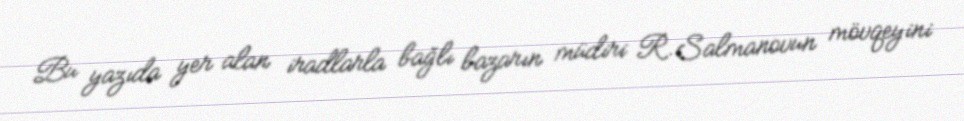
Bu yazıda yer alan iradlarla bağlı bazarın müdiri R.Salmanovun mövqeyini